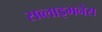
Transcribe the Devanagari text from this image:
सब्लाइमनेस